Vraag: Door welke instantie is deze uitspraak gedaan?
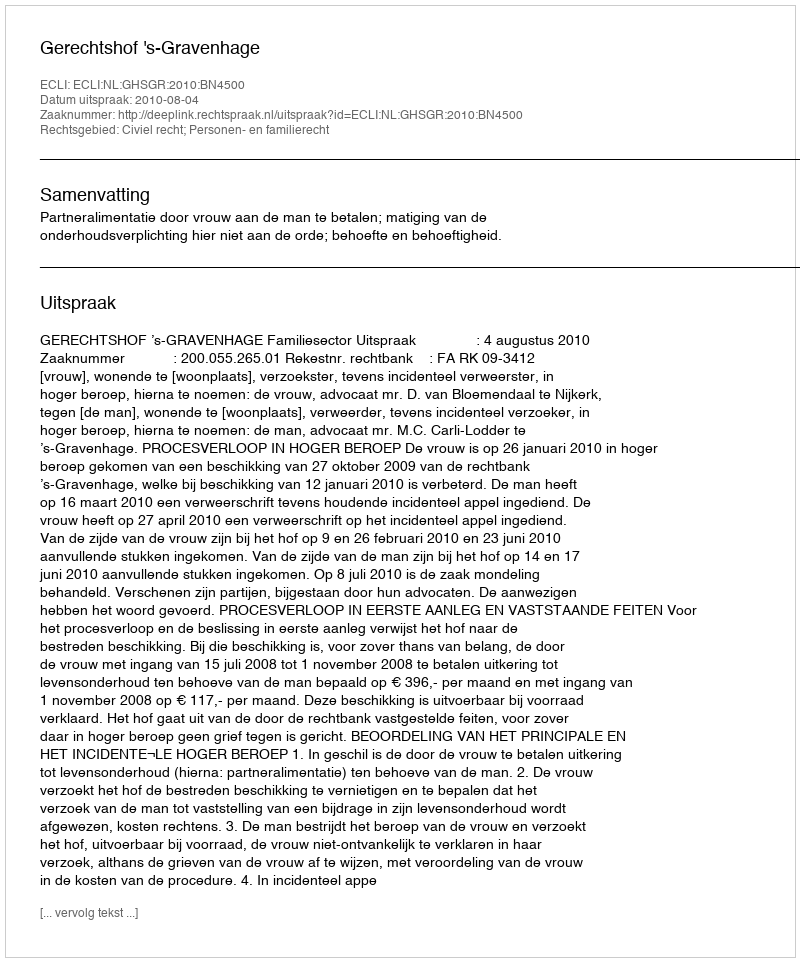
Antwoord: Gerechtshof 's-Gravenhage